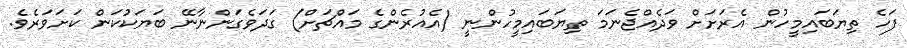
ފަހެ ތިޔަބައިމީހުން އެރަށަށް ވަދެއްޖެނަމަ ތިޔަބައިމީހުންނީ (އެއުރެންގެ މައްޗަށް) ގަދަވެގަންނާނޭ ބަޔަކުކަން ކަށަވަރެވެ.